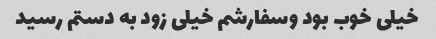
خیلی خوب بود وسفارشم خیلی زود به دستم رسید